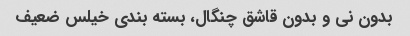
بدون نی و بدون قاشق چنگال، بسته بندی خیلس ضعیف